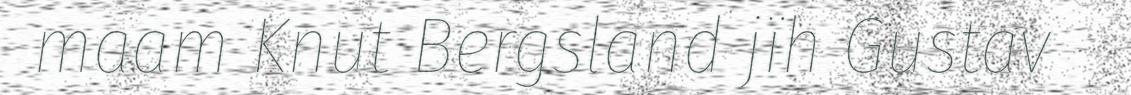
maam Knut Bergsland jïh Gustav